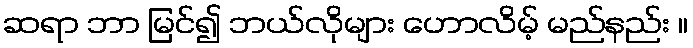
ဆရာ ဘာ မြင်၍ ဘယ်လိုများ ဟောလိမ့် မည်နည်း ။